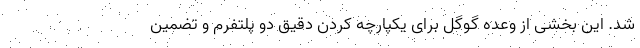
شد. این بخشی از وعده گوگل برای یکپارچه کردن دقیق دو پلتفرم و تضمین